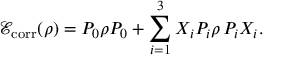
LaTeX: { \mathcal { E } } _ { \operatorname { c o r r } } ( \rho ) = P _ { 0 } \rho P _ { 0 } + \sum _ { i = 1 } ^ { 3 } X _ { i } P _ { i } \rho \, P _ { i } X _ { i } .